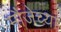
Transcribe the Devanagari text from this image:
मौजेच्या